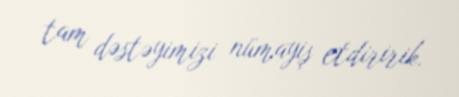
tam dəstəyimizi nümayiş etdiririk.